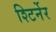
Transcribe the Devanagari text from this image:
श्टिर्नेर